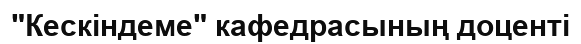
"Кескіндеме" кафедрасының доценті